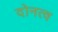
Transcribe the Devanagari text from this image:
दोनत्व